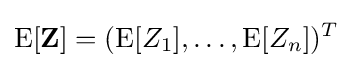
\operatorname {E} [\mathbf {Z} ]=(\operatorname {E} [Z_{1}],\ldots ,\operatorname {E} [Z_{n}])^{T}